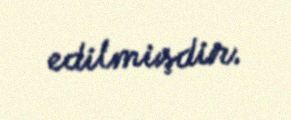
edilmişdir.